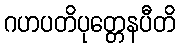
ဂဟပတိပုတ္တေနပီတိ